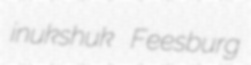
inukshuk Feesburg